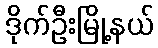
ဒိုက်ဦးမြို့နယ်